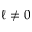
\ell \neq 0